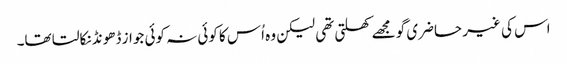
اس کی غیر حاضری گو مجھے کھلتی تھی لیکن وہ اُس کا کوئی نہ کوئی جواز ڈھونڈ نکالتا تھا۔